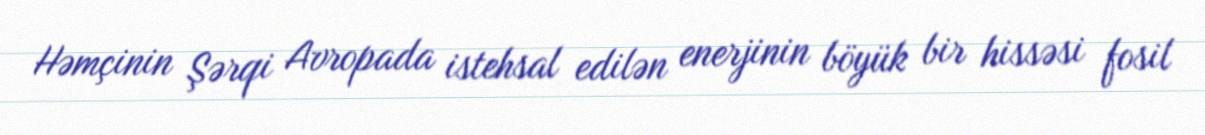
Həmçinin Şərqi Avropada istehsal edilən enerjinin böyük bir hissəsi fosil